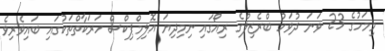
މިމަހުގެ 23 ވަނަ ދުވަހު ބްރެޒިލްގެ ރިއޯގައި ނިމިދިޔަ އޮލިމްޕިކްސް ހަރަކާތްތަކުގައި ބައިވެރިވެ